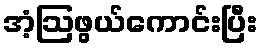
အံ့ဩဖွယ်ကောင်းပြီး